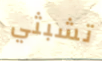
تشبثي